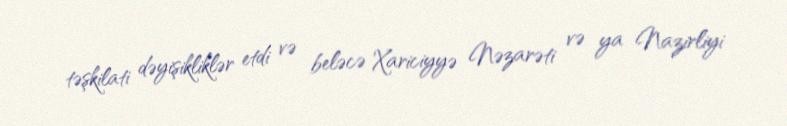
təşkilati dəyişikliklər etdi və beləcə Xariciyyə Nəzarəti və ya Nazirliyi